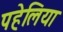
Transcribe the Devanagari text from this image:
पहेलिया